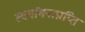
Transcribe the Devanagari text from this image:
स्वर्गांगनाप्राप्ति